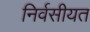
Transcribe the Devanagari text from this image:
निर्वसीयत